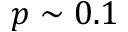
p \sim 0 . 1